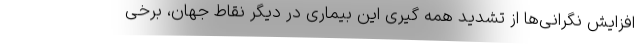
افزایش نگرانی‌ها از تشدید همه گیری این بیماری در دیگر نقاط جهان، برخی